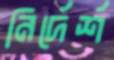
নির্দের্শ